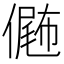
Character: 𠎴